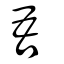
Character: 吾